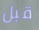
قبل